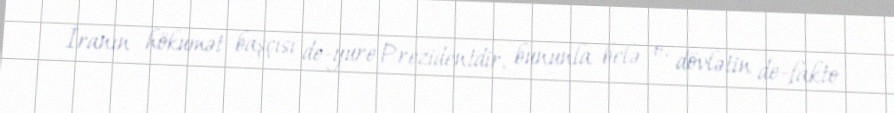
İranın hökumət başçısı de-yure Prezidentdir, bununla belə o, dövlətin de-fakto